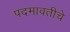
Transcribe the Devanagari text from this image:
पदमावतीचे